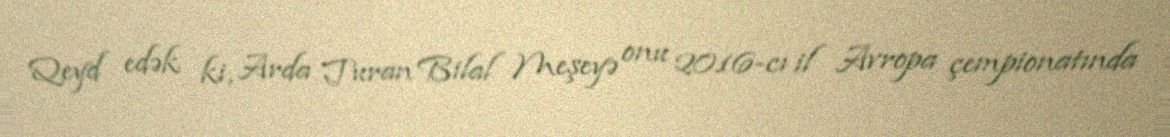
Qeyd edək ki, Arda Turan Bilal Meşeyə onu 2016-cı il Avropa çempionatında